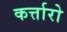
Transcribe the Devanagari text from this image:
कर्त्तारो